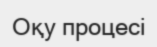
Оқу процесі